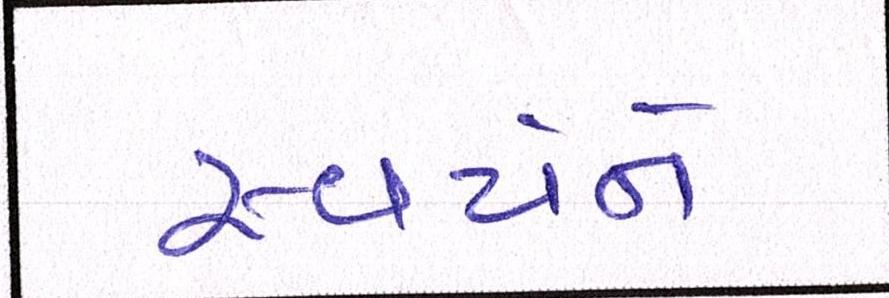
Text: સ્વયંને